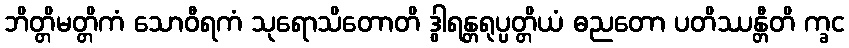
ဘိတ္တိမတ္တိကံ သောဝီရကံ သုရောသိတောတိ ဒွါရန္တရုပ္ပတ္တိယံ ဓညတော ပတိဿန္တီတိ က္ခင